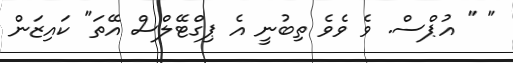
" " އުޕްސް. ވެ ވެވެ ތިބުނީ އެ ޕިގްޓޭލްސް އޭތަ" ކައިޒަން